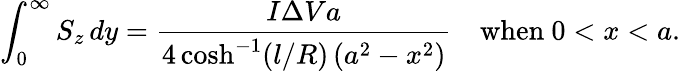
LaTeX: \int_{0}^{\infty}S_{z}\, dy=\frac{I\Delta Va}{4\cosh^{-1}(l/R)\left(a^{2}-x^{2}\right)}\textrm{\quad when~}0<x<a.